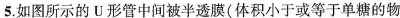
5.如图所示的U形管中间被半透膜(体积小于或等于单糖的物